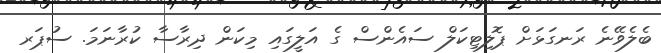
ބެލެވޭނެ ރަނގަޅަށް ޕޮލިޓިކަލް ސައެންސް ގެ އަލީގައި މިކަން ދިރާސާ ކުރާނަމަ. ސުޕަރ